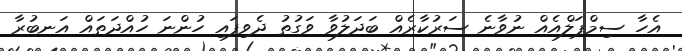
އެހާ ސިމްޕަލްއެއް ނުވާނެ ސަރުކާރެއް ބަދަލުވާ ވަގުތު ދެވިފައި ހުންނަ ހުއްދަތައް އަނބުރާ